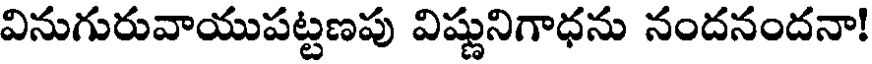
వినుగురువాయుపట్టణపు విష్ణునిగాధను నందనందనా!